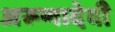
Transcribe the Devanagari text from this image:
अरूणादेवी